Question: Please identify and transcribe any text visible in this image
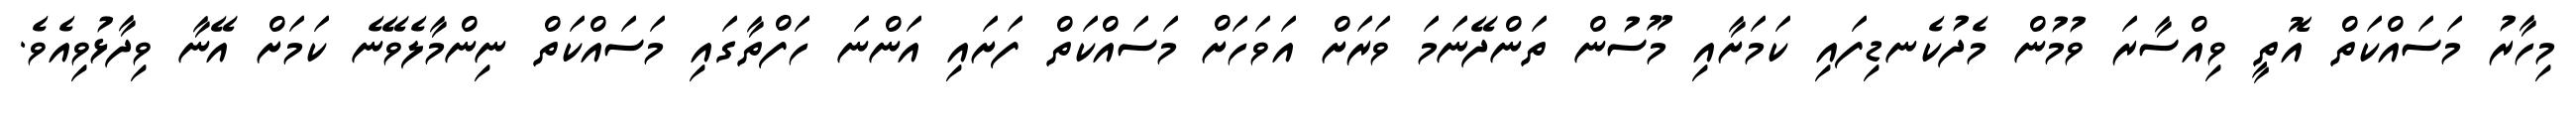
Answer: މިހާރު މަސައްކަތް އޮތީ ވިއްސާރަ ވުމުން މެދުކެނޑިފައި ކަމަށާއި މޫސުން ތަންދޭނަމަ ވަރަށް އަވަހަށް މަސައްކަތް ފަށައި އަންނަ ހަފްތާގައި މަސައްކަތް ނިންމާލެވޭނެ ކަމަށް އޭނާ ވިދާޅުވިއެވެ.